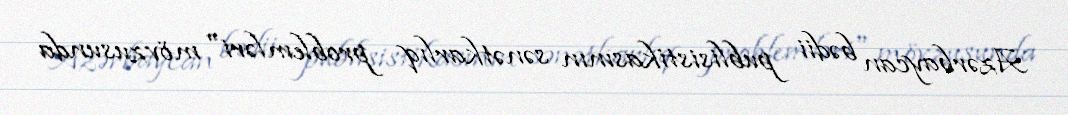
Azərbaycan bədii publisistikasının sənətkarlıq problemləri" mövzusunda